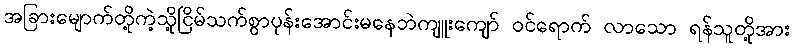
အခြားမျောက်တို့ကဲ့သို့ငြိမ်သက်စွာပုန်းအောင်းမနေဘဲကျူးကျော် ဝင်ရောက် လာသော ရန်သူတို့အား